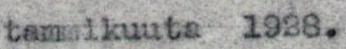
tammikuuta 1988.